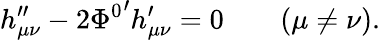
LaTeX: h_{\mu\nu}^{\prime\prime}-2{\Phi^{0}}^{\prime}h_{\mu\nu}^{\prime}=0\qquad(\mu\neq\nu).